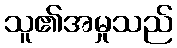
သူ၏အမှုသည်